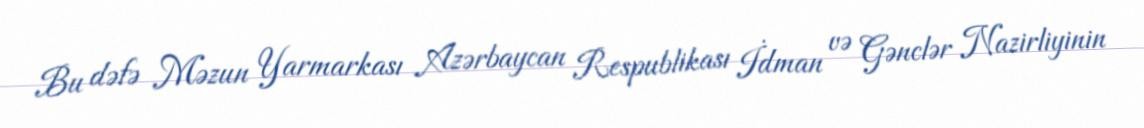
Bu dəfə Məzun Yarmarkası Azərbaycan Respublikası İdman və Gənclər Nazirliyinin